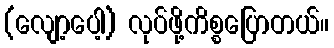
(လျော့ပေါ့) လုပ်ဖို့ကိစ္စပြောတယ်။